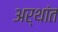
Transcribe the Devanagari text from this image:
अर्थांत